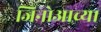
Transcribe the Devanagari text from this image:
जिनोआच्या